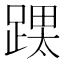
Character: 𮛳